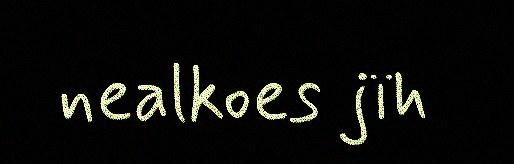
nealkoes jïh